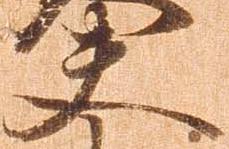
夫